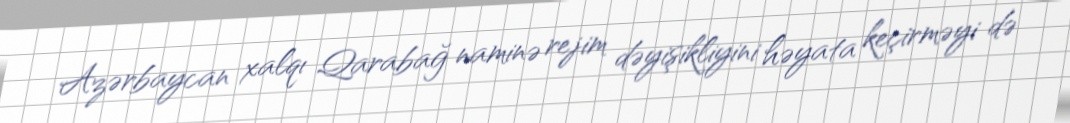
Azərbaycan xalqı Qarabağ naminə rejim dəyişikliyini həyata keçirməyi də